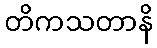
တိကသတာနိ